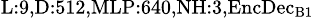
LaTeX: _{\textrm{L}:9,\textrm{D}:512,\textrm{MLP}:640,\textrm{NH}:3,\textrm{EncDec}_{\textrm{B}1}}